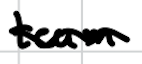
Text: team
Cross-out: mix
Writing tool: digital_black